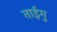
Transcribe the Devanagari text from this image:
ताईगु